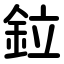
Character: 鉝